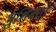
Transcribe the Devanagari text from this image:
मुशिबतों